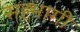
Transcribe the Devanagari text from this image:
सह्भागी